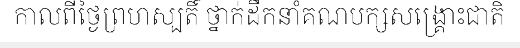
កាលពីថ្ងៃព្រហស្បតិ៍ ថ្នាក់ដឹកនាំគណបក្សសង្គ្រោះជាតិ